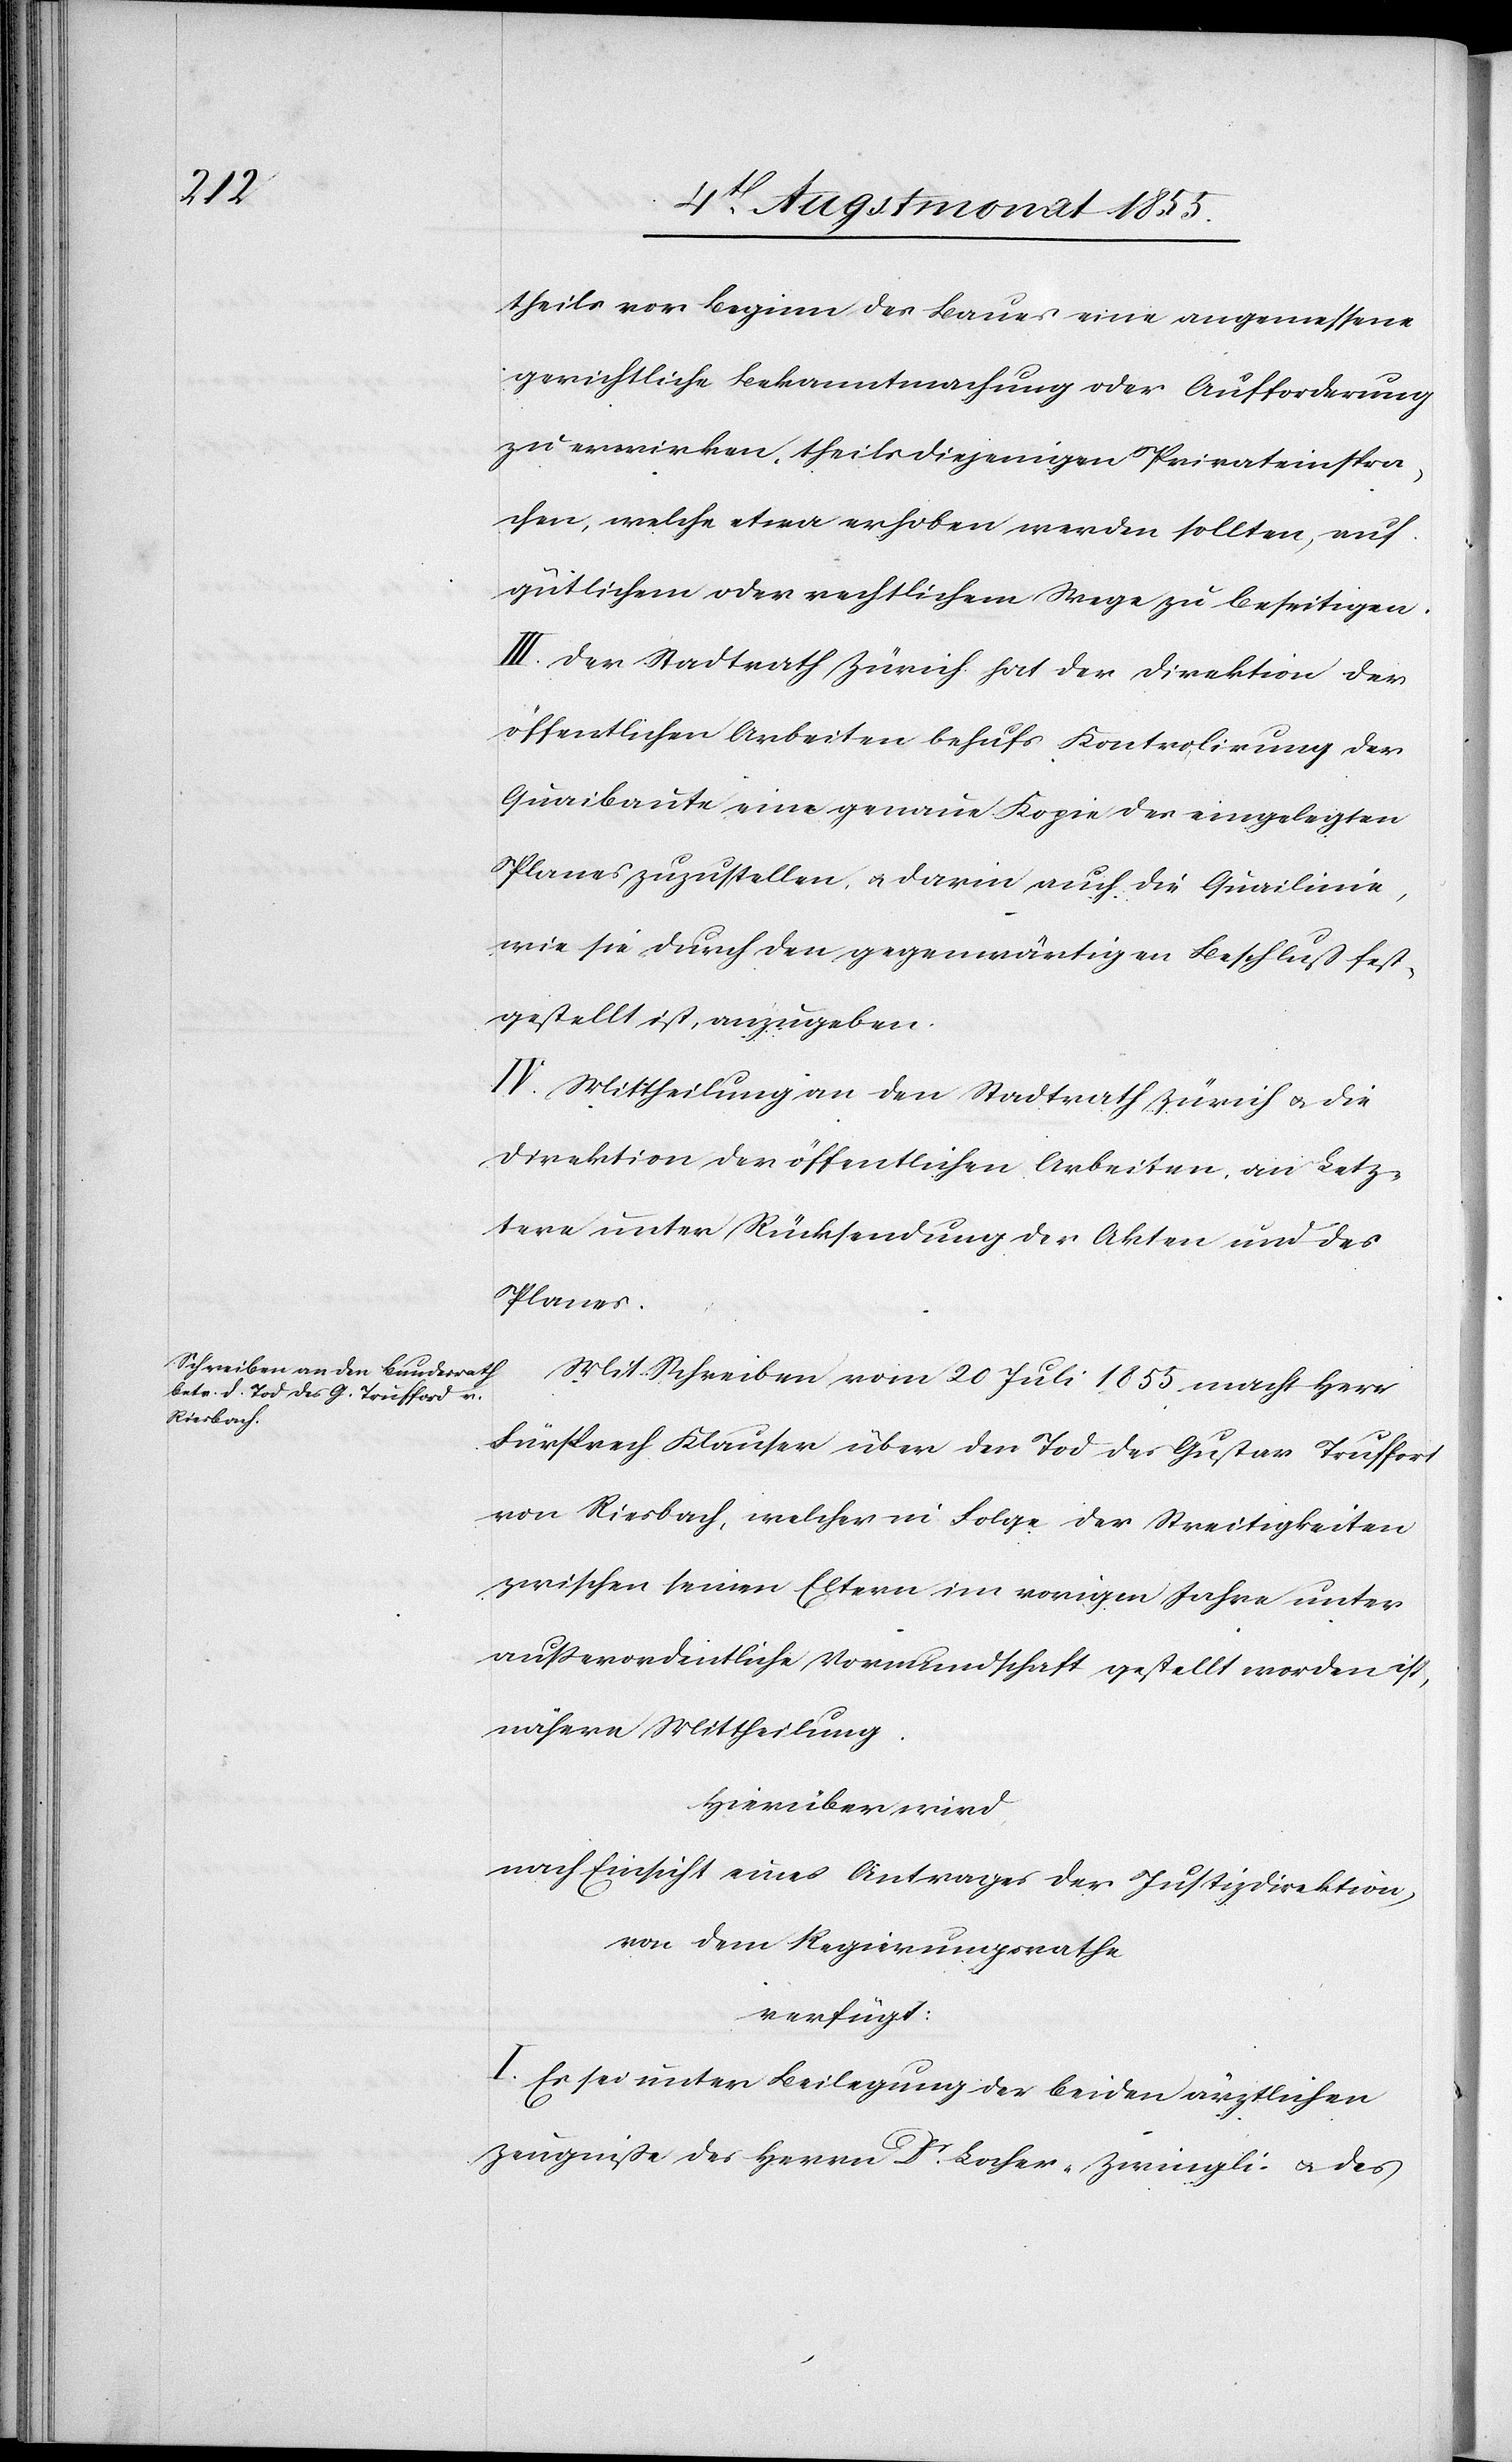
theils vor Beginn des Baues eine angemessene
gerichtliche Bekanntmachung oder Aufforderung
zu erwirken, theils diejenigen Privateinspra¬
chen, welche etwa erhoben werden sollten, auf
gütlichem oder rechtlichem Wege zu beseitigen.
III. Der Stadtrath Zürich hat der Direktion der
öffentlichen Arbeiten behufs Kontrolirung der
Quaibaute eine genaue Kopie des eingelegten
Planes zuzustellen, & darin auch die Quailinie,
wie sie durch den gegenwärtigen Beschluß fest¬
gestellt ist, anzugeben.
IV. Mittheilung an den Stadtrath Zürich & die
Direktion der öffentlichen Arbeiten, an Letz¬
tere unter Rücksendung der Akten und des
Planes.
Mit Schreiben vom 20 Juli 1855 macht Herr
Fürsprech Klauser über den Tod des Gustav Truffort
von Riesbach, welcher in Folge der Streitigkeiten
zwischen seinen Eltern im vorigen Jahre unter
außerordentliche Vormundschaft gestellt worden ist,
nähere Mittheilung.
Hierüber wird,
nach Einsicht eines Antrages der Justizdirektion,
von dem Regierungsrathe
verfügt:
I. Es sei unter Beilegung der beiden ärztlichen
Zeugniße des Herrn Dr. Locher-Zwingli & des